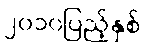
၂၀၁၀ပြည့်နှစ်